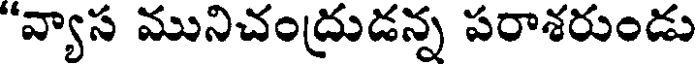
"వ్యాస మునిచంద్రుడన్న పరాశరుండు